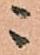
ニ